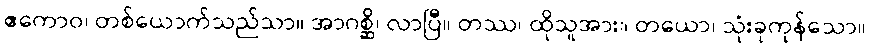
ဧကောဝ၊ တစ်ယောက်သည်သာ။ အာဂစ္ဆိ၊ လာပြီ။ တဿ၊ ထိုသူအား။ တယော၊ သုံးခုကုန်သော။